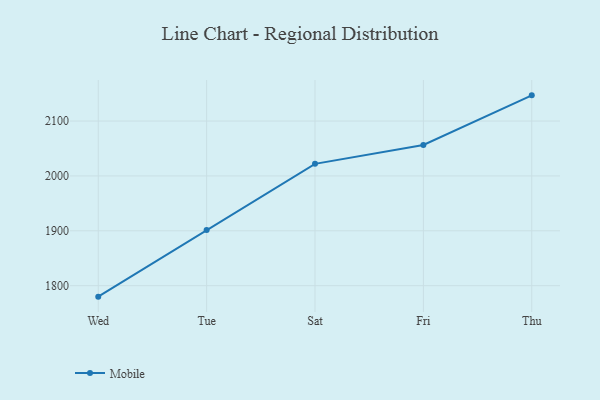
{"axis": {"x": "Day", "y": "Headcount"}, "legend": ["Mobile"], "data": [{"x": "Wed", "y": 1780.0, "type": "Mobile"}, {"x": "Tue", "y": 1901.3, "type": "Mobile"}, {"x": "Sat", "y": 2022.0, "type": "Mobile"}, {"x": "Fri", "y": 2056.4, "type": "Mobile"}, {"x": "Thu", "y": 2146.8, "type": "Mobile"}]}